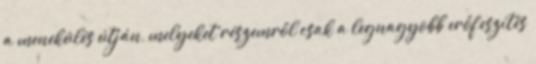
a menekülés útján, melyeket részemről csak a legnagyobb erőfeszítés